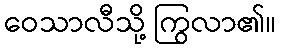
ဝေသာလီသို့ ကြွလာ၏။